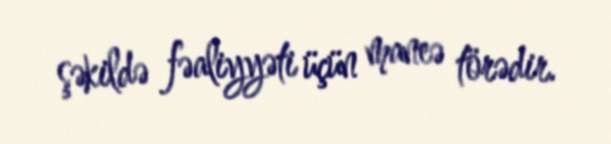
şəkildə fəaliyyəti üçün maneə törədir.